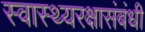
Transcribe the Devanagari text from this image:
स्वास्थ्यरक्षासंबंधी